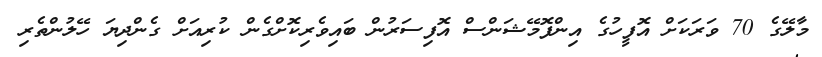
މާލޭގެ 70 ވަރަކަށް އޮފީހުގެ އިންފޮމޭޝަންސް އޮފިސަރުން ބައިވެރިކޮށްގެން ކުރިއަށް ގެންދިޔަ ހޭލުންތެރި